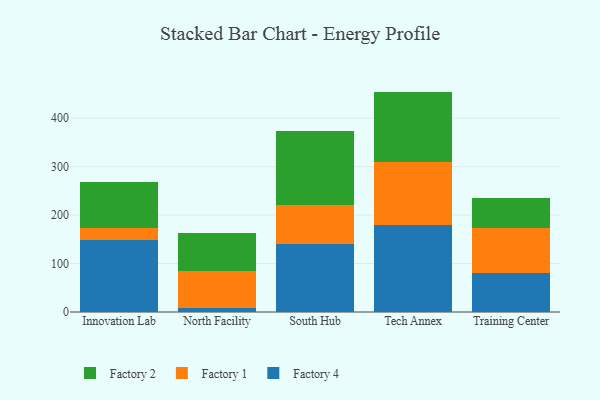
{"axis": {"x": "Campus", "y": "Waste Production (Tons)"}, "legend": ["Factory 1", "Factory 2", "Factory 4"], "data": [{"x": "Innovation Lab", "y": 149.3, "type": "Factory 4"}, {"x": "Innovation Lab", "y": 24.2, "type": "Factory 1"}, {"x": "Innovation Lab", "y": 95.7, "type": "Factory 2"}, {"x": "North Facility", "y": 7.9, "type": "Factory 4"}, {"x": "North Facility", "y": 76.2, "type": "Factory 1"}, {"x": "North Facility", "y": 78.1, "type": "Factory 2"}, {"x": "South Hub", "y": 140.5, "type": "Factory 4"}, {"x": "South Hub", "y": 79.5, "type": "Factory 1"}, {"x": "South Hub", "y": 153.7, "type": "Factory 2"}, {"x": "Tech Annex", "y": 179.5, "type": "Factory 4"}, {"x": "Tech Annex", "y": 129.1, "type": "Factory 1"}, {"x": "Tech Annex", "y": 146.3, "type": "Factory 2"}, {"x": "Training Center", "y": 80.8, "type": "Factory 4"}, {"x": "Training Center", "y": 91.6, "type": "Factory 1"}, {"x": "Training Center", "y": 63.9, "type": "Factory 2"}]}